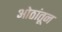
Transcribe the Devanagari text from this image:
ओठांतून